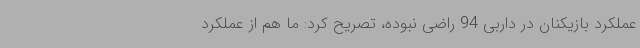
عملکرد بازیکنان در داربی 94 راضی نبوده، تصریح کرد: ما هم از عملکرد